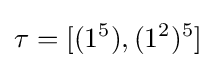
\tau =[(1^{5}),(1^{2})^{5}]